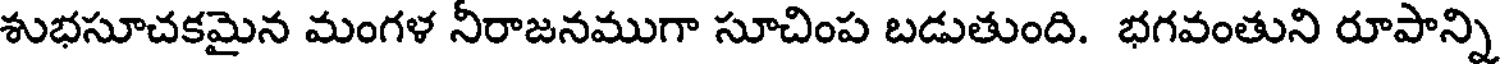
శుభసూచకమైన మంగళ నీరాజనముగా సూచింప బడుతుంది. భగవంతుని రూపాన్ని